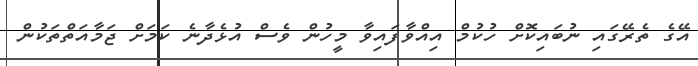
އޭގެ ތެރޭގައި ނުބައިކޮށް ހުކުމް އިއްވާފައިވާ މީހުން ވެސް އުޅެދާނެ ކަމަށް ޖަމާއަތްތަކުން